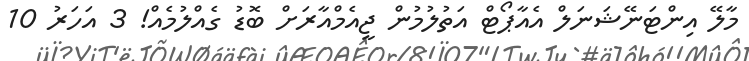
މާލޭ އިންޓަނޭޝަނަލް އެއާޕޯޓް އަތުލުމުން ޖީއެމްއާރަށް ބޮޑު ގެއްލުމެއް! 3 އަހަރު 10